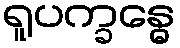
ရူပက္ခန္ဓေ